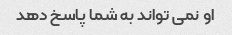
او نمی تواند به شما پاسخ دهد